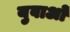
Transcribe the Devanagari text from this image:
युवाअों